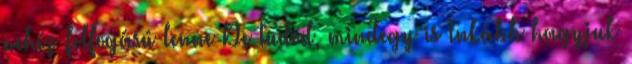
nehéz felfogású lenne De tudod, mindegy is Inkább hagyjuk